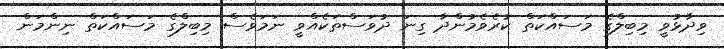
ވިދާޅުވީ މިބިލްގެ މަސައްކަތް ކުރެވެމުންދާ ގިނަ ދުވަސްތަކެއްވީ ނަމަވެސް މިބިލްގެ މަސައްކަތް ނިންމަން